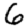
Digit: 6